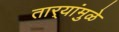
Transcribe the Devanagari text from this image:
तार्‍यांमुळे